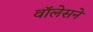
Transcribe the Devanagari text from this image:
वॉलेसने